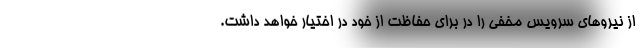
از نیروهای سرویس مخفی را در برای حفاظت از خود در اختیار خواهد داشت.